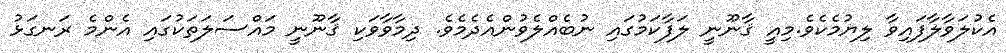
އެކުލަވާލާފައިވާ ލިޔުމެކެވެ.މިއީ ޤާނޫނީ ލަފާކަމުގައި ނުބެއްލެވުންއެދެމެވެ. ދިމާވާވަކި ޤާނޫނީ މައްސަލަތަކުގައި އެންމެ ރަނގަޅު